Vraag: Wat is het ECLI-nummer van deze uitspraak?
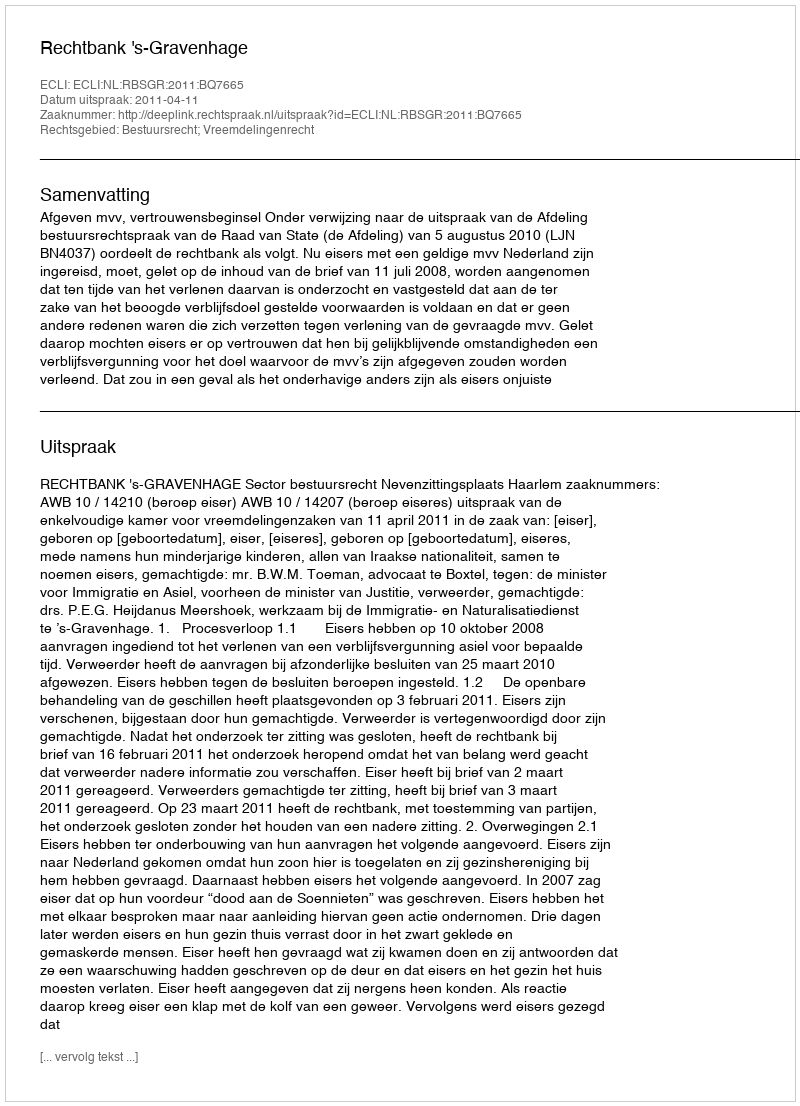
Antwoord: ECLI:NL:RBSGR:2011:BQ7665